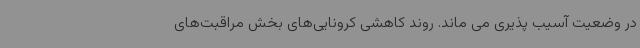
در وضعیت آسیب پذیری می ماند. روند کاهشی کرونایی‌های بخش مراقبت‌های